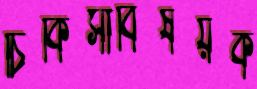
চিকিত্সাবিষয়ক